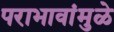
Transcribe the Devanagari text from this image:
पराभावांमुळे